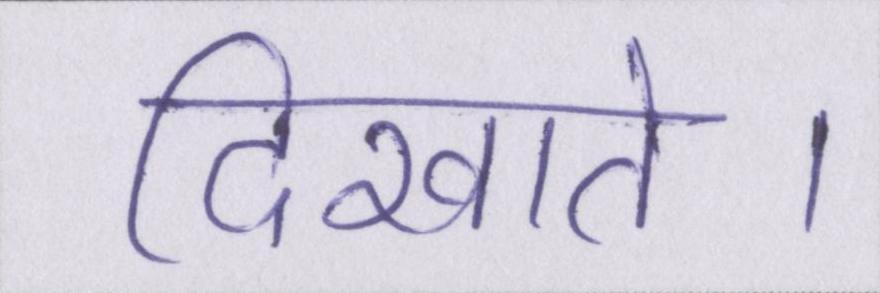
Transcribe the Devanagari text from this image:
दिखाते।